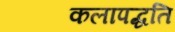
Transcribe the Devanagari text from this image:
कलापद्धति